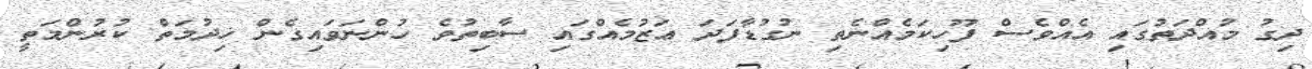
ދިގު މުއްދަތުގައި އެއްވެސް ފޫހިކަމެއްނެތި ނުގުޑާފަދަ ޢަޒުމެއްގައި ސާބިތުވެ ހުންނަވައިގެން ޚިދުމަތް ކުރުންމަތީ